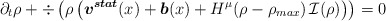
\begin{align*} \partial_t \rho + \div \left( \rho \left( \boldsymbol{v^{stat}} (x) + \boldsymbol{b} (x) + H^\mu(\rho - \rho_{max}) \, \mathcal{I} (\rho) \right) \right) = 0\end{align*}